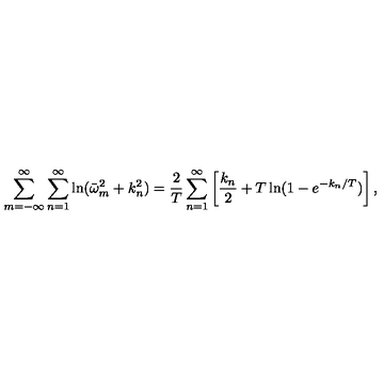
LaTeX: \sum _ { m = - \infty } ^ { \infty } \sum _ { n = 1 } ^ { \infty } \ln ( \bar { \omega } _ { m } ^ { 2 } + k _ { n } ^ { 2 } ) = \frac { 2 } { T } \sum _ { n = 1 } ^ { \infty } \left[ \frac { k _ { n } } { 2 } + T \ln ( 1 - e ^ { - k _ { n } / T } ) \right] { , }